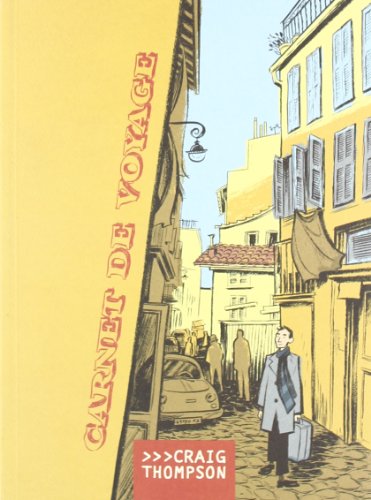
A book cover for Carnet De Voyage (Travel Journal); Craig Thompson; Comics & Graphic Novels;